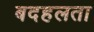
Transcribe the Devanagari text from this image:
बदहलता